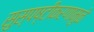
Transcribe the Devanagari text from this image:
सुस्पष्टीकरणामुळे